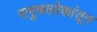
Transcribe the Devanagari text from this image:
सगुणलोकांतून